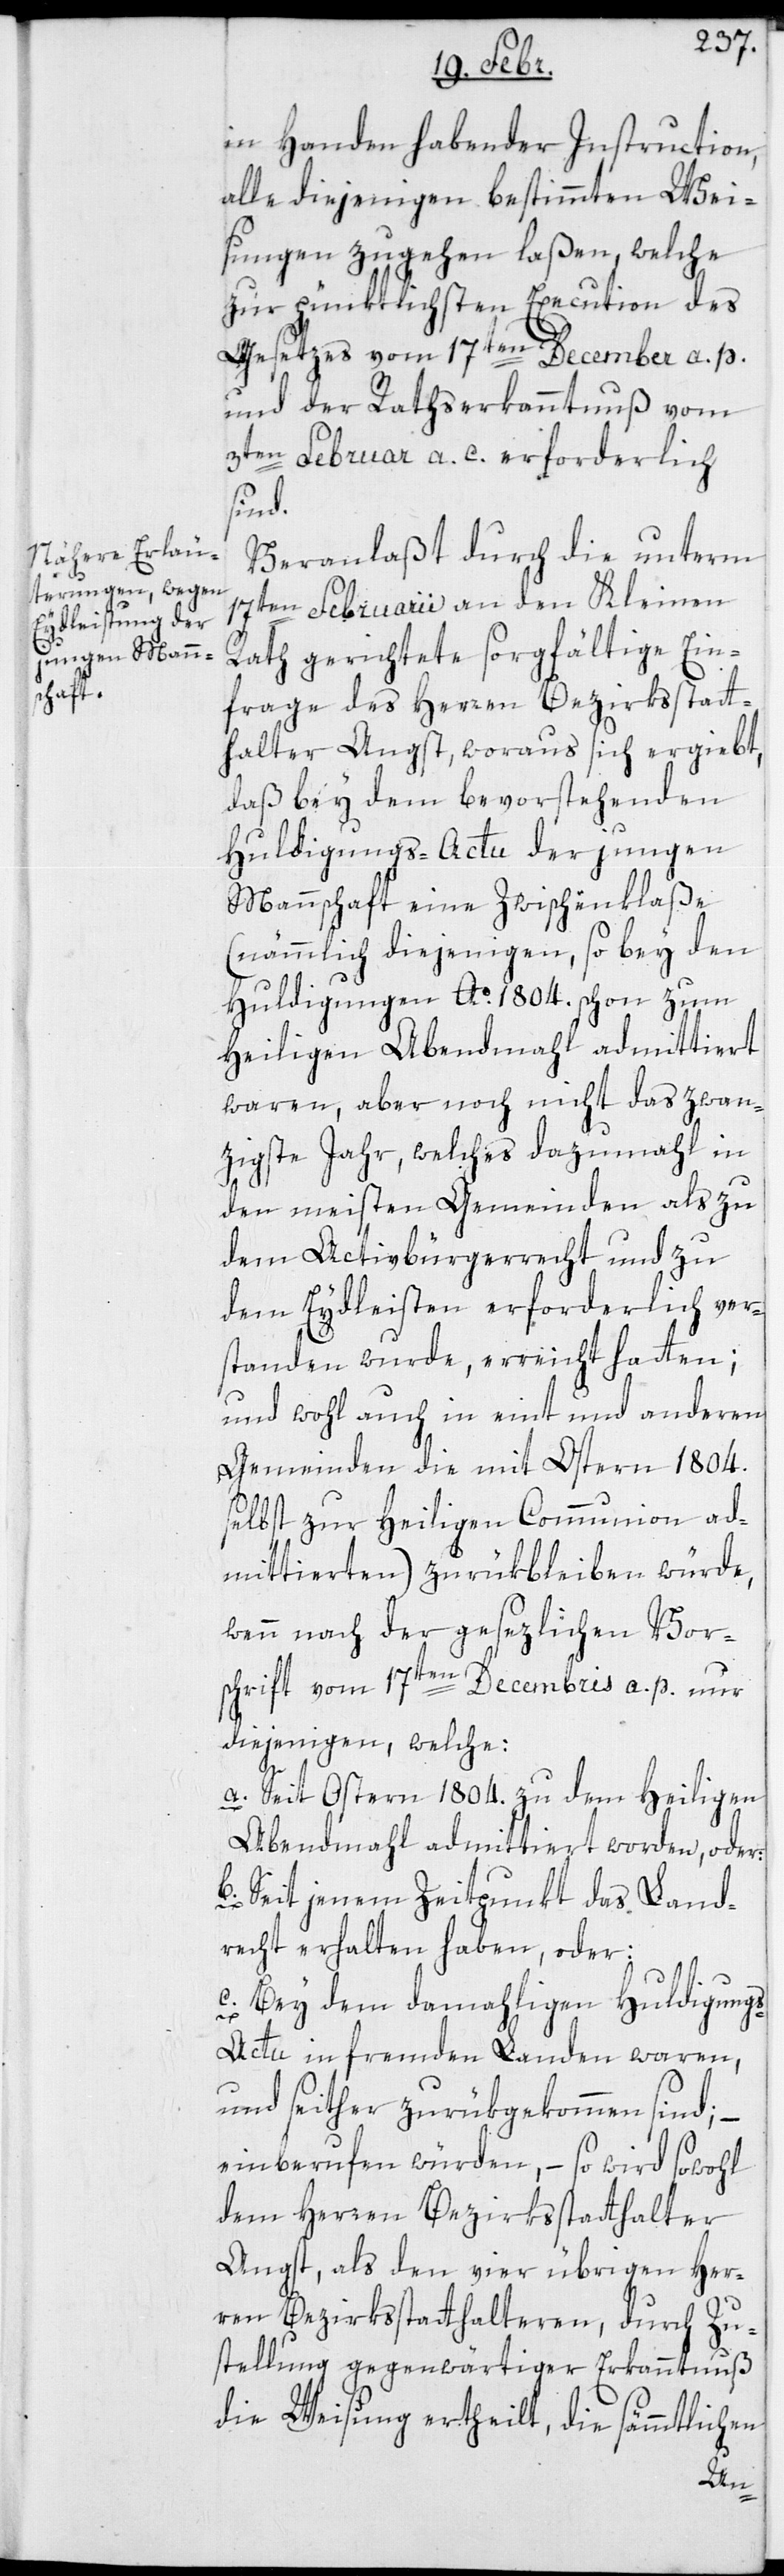
in Handen habender Instruction,
alle diejenigen bestimmten Wei¬
sungen zugehen laßen, welche
zur pünktlichsten Execution des
Gesetzes vom 17ten December a. p.
und der Rathserkanntnuß vom
3ten Februar a. c. erforderlich
sind.
Veranlaßt durch die unterm
17ten Februarii an den Kleinen
Rath gerichtete sorgfältige Ein¬
frage des Herren Bezirksstatt¬
halter Angst, woraus sich ergiebt,
daß bey dem bevorstehenden
Huldigungs-Actu der jungen
Mannschaft eine Zwischenklaße
(nämmlich diejenigen, so bey den
Huldigungen Ao. 1804. schon zum
heiligen Abendmahl admittiert
waren, aber noch nicht das zwan¬
zigste Jahr, welches dazumahl in
den meisten Gemeinden als zu
dem Activbürgerrecht und zu
dem Eydleisten erforderlich ver¬
standen wurde, erreicht hatten;
und wohl auch in eint und anderen
Gemeinden die mit Ostern 1804.
selbst zur heiligen Communion Ad¬
mittierten) zurükbleiben würde,
wenn nach der gesetzlichen Vor¬
schrift vom 17ten Decembris a. p. nur
diejenigen, welche:
a. Seit Ostern 1804. zu dem heiligen
Abendmahl admittiert worden, oder
b. Seit jenem Zeitpunkt das Land¬
recht erhalten haben, oder
c. bey dem damaligen Huldigung¬
s-Actu in fremden Landen waren,
und seither zurükgekommen sind;
einberufen würden, – so wird sowohl
dem Herren Bezirksstatthalter
Angst, als den vier übrigen Her¬
ren Bezirksstatthalteren, durch Zu¬
stellung gegenwärtiger Erkanntnuß
die Weisung ertheilt, die sämmtlichen